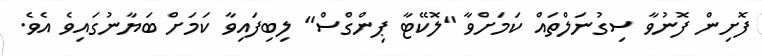
ފޮށިން ފޮނުވާ ސިގުނަލްތައް ކަމަށްވާ "ލޮކޭޓާ ޕިންގްސް" ލިބިފައިވާ ކަމަށް ބަޔާނުގައިވެ އެވެ.